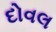
દોવલ